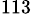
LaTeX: ^{113}